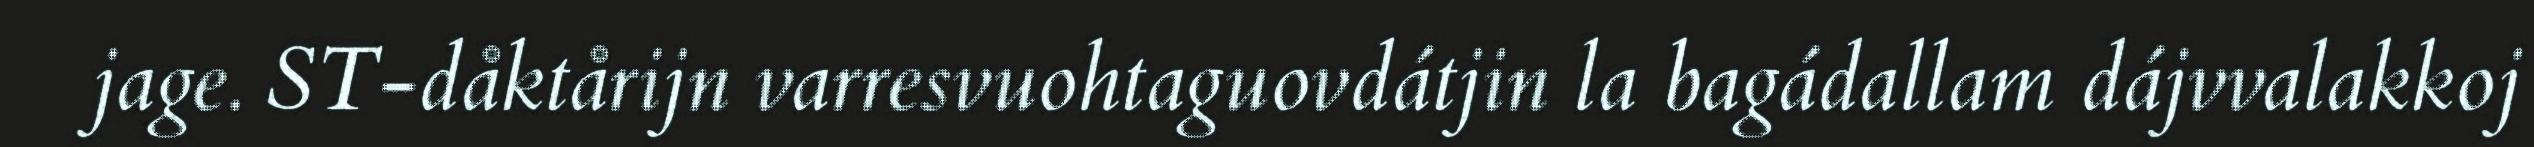
jage. ST-dåktårijn varresvuohtaguovdátjin la bagádallam dájvvalakkoj